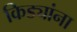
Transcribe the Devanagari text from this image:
किड्यांना